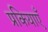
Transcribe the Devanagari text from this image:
प्रकियाएँ